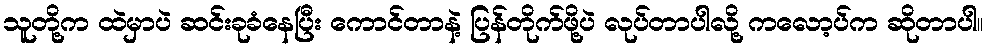
သူတို့က ထဲမှာပဲ ဆင်းခုခံနေပြီး ကောင်တာနဲ့ ပြန်တိုက်ဖို့ပဲ လုပ်တာပါလို့ ကလော့ပ်က ဆိုတာပါ။